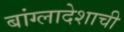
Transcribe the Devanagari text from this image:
बांग्लादेशाची